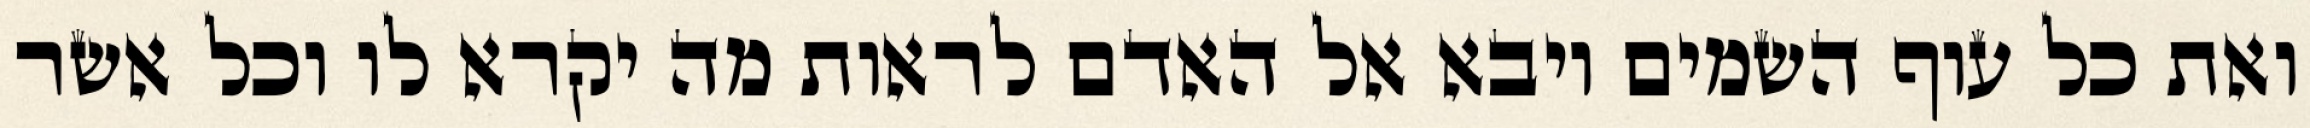
ואת כל עוף השמים ויבא אל האדם לראות מה יקרא לו וכל אשר